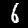
Digit: 6